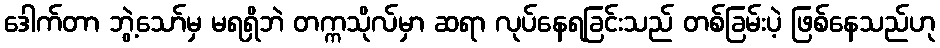
ဒေါက်တာ ဘွဲ့သော်မှ မရရှိဘဲ တက္ကသိုလ်မှာ ဆရာ လုပ်နေရခြင်းသည် တစ်ခြမ်းပဲ့ ဖြစ်နေသည်ဟု